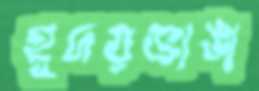
হূদয়ভাঙা